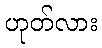
ဟုတ်လား